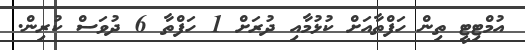
އުމްޓިޓީ ތިން ހަފްތާއަށް ކުޅުމާއި ދުރަށް 1 ހަފްތާ 6 ދުވަސް ކުރިން.